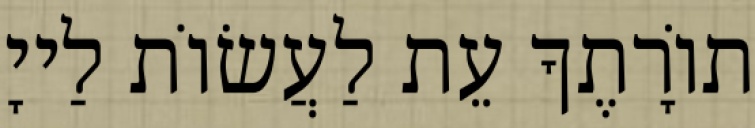
תוֹרָתֶךָ עֵת לַעֲשׂוֹת לַייָ